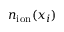
n _ { \mathrm { i o n } } ( x _ { i } )